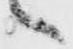
へ